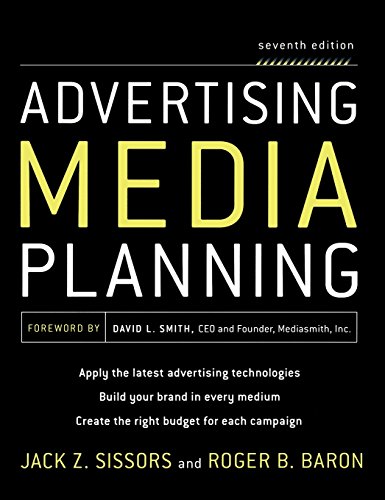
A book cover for Advertising Media Planning, Seventh Edition; Jack Z. Sissors; Business & Money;